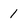
Character: 1